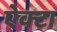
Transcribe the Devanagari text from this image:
ऐक्टा